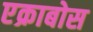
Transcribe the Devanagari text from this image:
एक्राबोस